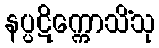
နပ္ပဋိက္ကောသိံသု